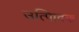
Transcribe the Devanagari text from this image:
उत्पािदक